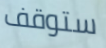
ستوقف